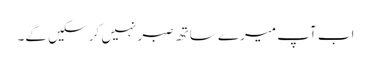
اب آپ میرے ساتھ صبر نہیں کر سکیں گے۔